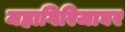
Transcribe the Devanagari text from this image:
महागिरिजाघर